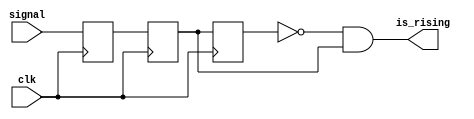

module rising (
    input clk,
    input signal,
    output wire is_rising
);

    reg sig1, sig2, sig3;
    always @(posedge clk) begin
        sig1 <= signal;
        sig2 <= sig1;
        sig3 <= sig2;
    end
    assign is_rising = ~sig3 & sig2;
    
endmodule

module falling (
    input clk,
    input signal,
    output wire is_falling
);

    reg sig1, sig2, sig3;
    always @(posedge clk) begin
        sig1 <= signal;
        sig2 <= sig1;
        sig3 <= sig2;
    end
    assign is_falling = ~sig2 & sig3;
    
endmodule

module debouncer (
    input clk,
    input signal,
    output reg stable
);

    parameter delay = 32'd16;

    reg [31:0] counter;

    always @(posedge clk) begin
        counter <= (signal == stable) ? 32'd0 : (counter + 32'd1);
        stable <= (counter >= delay) ? signal : stable;
    end

endmodule